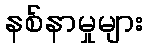
နစ်နာမှုများ